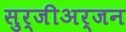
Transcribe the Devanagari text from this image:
सुर्जीअर्जन